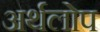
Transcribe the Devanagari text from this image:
अर्थलोप